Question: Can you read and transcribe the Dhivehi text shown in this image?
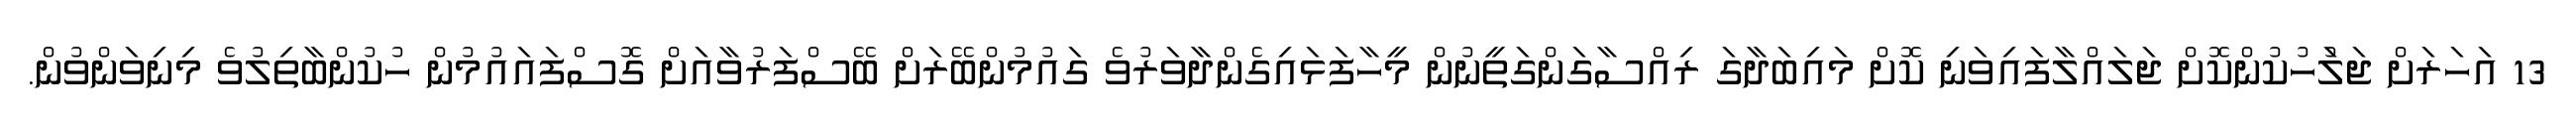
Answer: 13 އަހަރަށް ޖަލަުހުކުންކޮށް ޖަލައްލާފައިވަނި ކޮށް މައިބަދާގަ ރިއްސާގަންގަތީނުން މީހާފަޅައިގެންދާވަރުވެ ގައުމުންބޭރަށް ބޭސްފަރުވާއަށް ގޮސްފައައުމުން ހުކުންބާތިލުވެ މިނިވަންވުން.